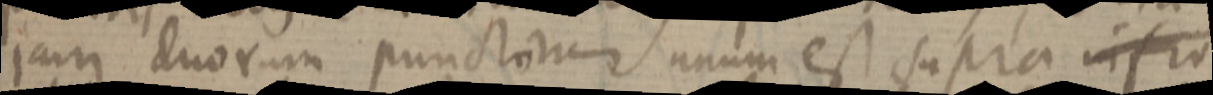
jam duorum punctorum unum est supra infra